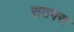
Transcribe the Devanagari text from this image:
सतपरा